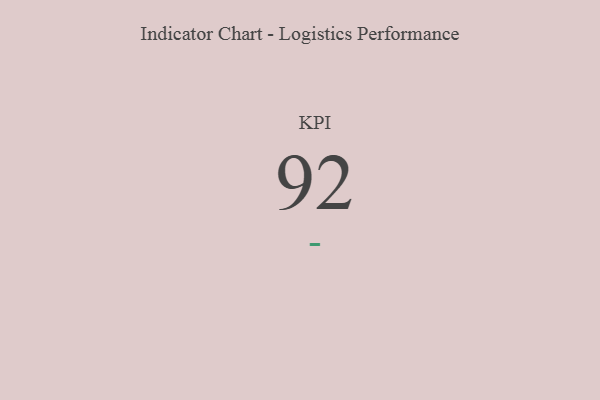
{"axis": {"x": "KPI", "y": "Value"}, "legend": [""], "data": [{"x": "KPI", "y": 92, "type": ""}]}